Report on the working of the Ranchi Indian Mental Hospital, Kanke, in Bihar and Orissa - 1930-1940
Year: 1930
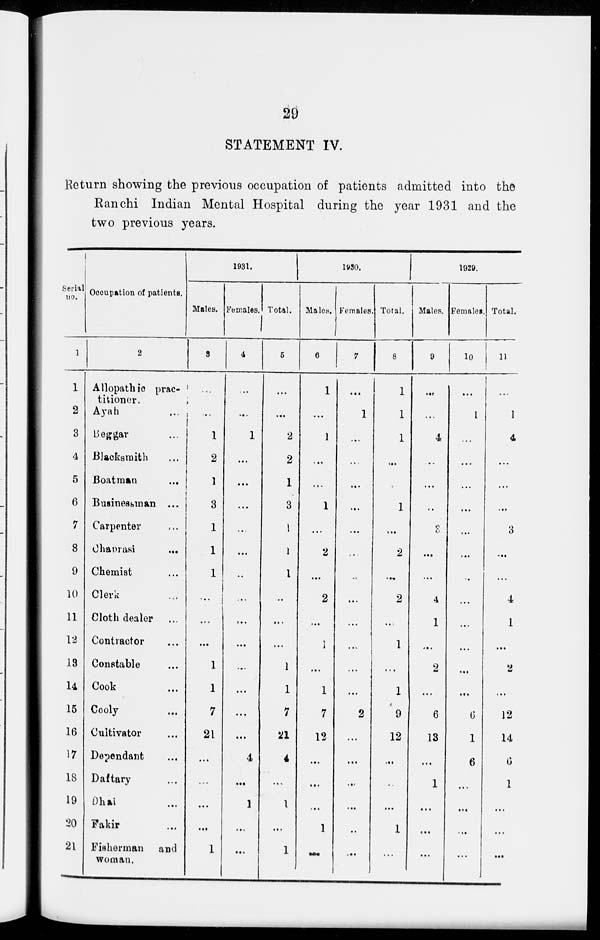
29
STATEMENT IV.
Return showing the previous occupation of patients admitted into the
Ranchi Indian Mental Hospital during the year 1931 and the
two previous years.
Serial
no.
1
1
2
3
4
5
6
7
8
9
10
11
12
13
14
15
16
17
18
19
20
21
Occupation of patients.
2
Allopathic prac-
titioner.
Ayah ...
Beggar ...
Blacksmith ...
Boatman ...
Businessman ...
Carpenter ...
Chanrasi ...
Chemist ...
Clerk ...
Cloth dealer ...
Contractor ...
Constable ...
Cook ...
Cooly ...
Cultivator ...
Dependant ...
Daftary ...
Dhai ...
Fakir ...
Fisherman
and
woman.
1931.
Males.
3
...
...
1
2
1
3
1
1
1
...
...
...
1
1
7
21
...
...
...
...
1
Females.
4
...
...
1
...
...
...
...
...
...
...
...
...
...
...
...
...
4
...
1
...
...
Total.
5
...
...
2
2
1
3
1
1
1
...
...
...
1
1
7
21
4
...
1
...
1
1930.
Males.
6
1
...
1
...
...
1
...
2
...
2
...
1
...
1
7
12
...
...
...
1
...
Females.
7
...
1
...
...
...
...
...
...
...
...
...
...
...
...
2
...
...
...
...
..
...
Total.
8
1
1
1
...
...
1
...
2
...
2
...
1
...
1
9
12
...
...
...
1
1929.
Males.
9
...
...
4
...
...
..
3
...
...
4
1
...
2
...
6
13
...
1
....
...
...
Females.
10
...
1
...
...
...
...
...
...
...
...
...
...
...
...
6
1
6
...
...
...
...
Total.
11
...
1
4
...
...
...
3
...
...
4
1
...
2
...
12
14
6
1
...
...
...